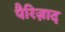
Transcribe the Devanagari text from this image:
पैरिज़ाद